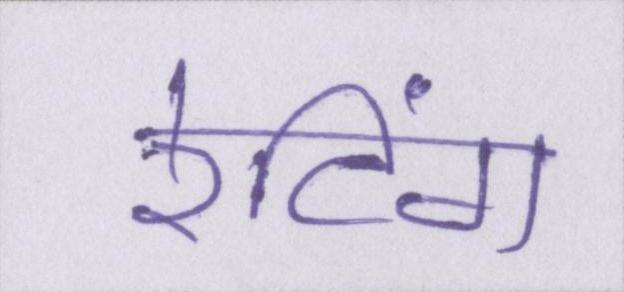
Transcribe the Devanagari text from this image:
रेटिंग